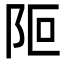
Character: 𨸭